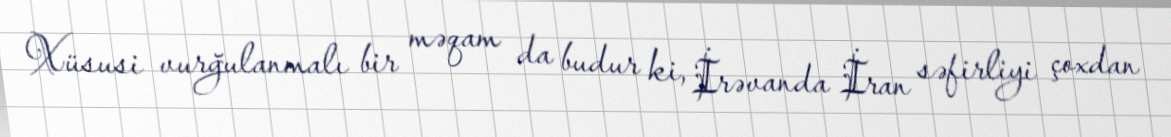
Xüsusi vurğulanmalı bir məqam da budur ki, İrəvanda İran səfirliyi çoxdan